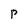
Character: p